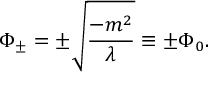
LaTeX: \Phi _ { \pm } = \pm \sqrt { \frac { - m ^ { 2 } } { \lambda } } \equiv \pm \Phi _ { 0 } .